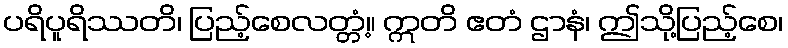
ပရိပူရိဿတိ၊ ပြည့်စေလတ္တံ့။ ဣတိ ဧတံ ဌာနံ၊ ဤသို့ပြည့်စေ၊